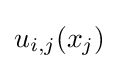
u_{i,j}(x_{j})